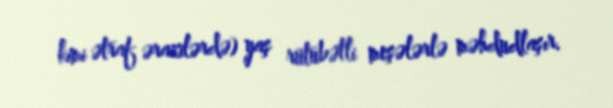
kimi ətraf ərazilərdə) yaş rütubətli meşələrlə məhdudlaşır.